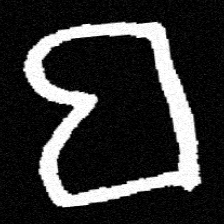
Pyu character \u2014 Myanmar letter: ဗ (romanized: ba)